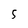
Character: 5